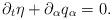
LaTeX: \begin{align*}\partial_t \eta + \partial_\alpha q_\alpha = 0. \end{align*}